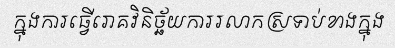
ក្នុងការធ្វើរោគវិនិច្ឆ័យការរលាកស្រទាប់ខាងក្នុង